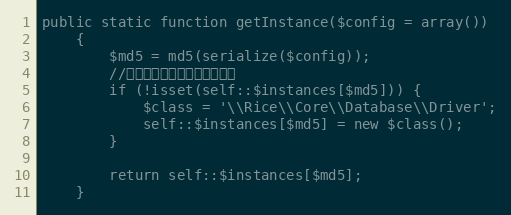
Language: PHP
public static function getInstance($config = array())
    {
        $md5 = md5(serialize($config));
        //判断是否存在数据库实例对象
        if (!isset(self::$instances[$md5])) {
            $class = '\\Rice\\Core\\Database\\Driver';
            self::$instances[$md5] = new $class();
        }

        return self::$instances[$md5];
    }